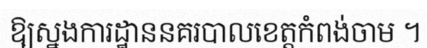
ឱ្យស្នងការដ្ឋាននគរបាលខេត្តកំពង់ចាម ។